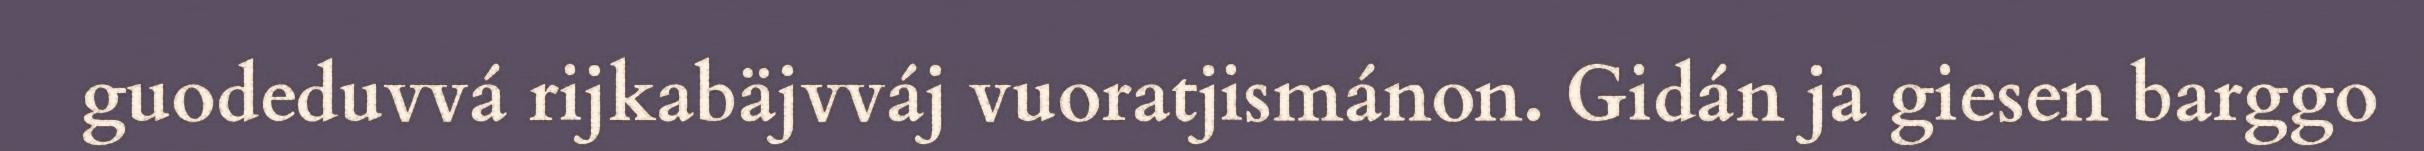
guodeduvvá rijkabäjvváj vuoratjismánon. Gidán ja giesen barggo